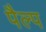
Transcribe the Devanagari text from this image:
पैल्प